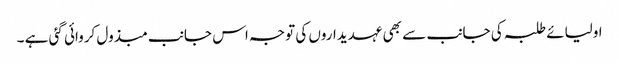
اولیائے طلبہ کی جانب سے بھی عہدیداروں کی توجہ اس جانب مبذول کروائی گئی ہے ۔